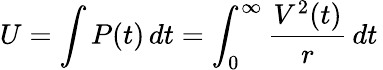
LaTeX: U=\int{P(t)\, dt}=\int_{0}^{\infty}{\frac{V^{2}(t)}{r}\, dt}\,